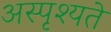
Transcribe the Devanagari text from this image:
अस्पृश्यते